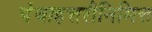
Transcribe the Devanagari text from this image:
पंचाहत्तरीनिमित्त